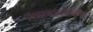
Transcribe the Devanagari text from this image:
अग्रमानांकित